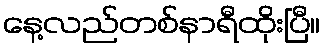
နေ့လည်တစ်နာရီထိုးပြီ။